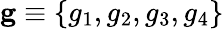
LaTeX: \mathbf{g}\equiv\{ g_{1},g_{2},g_{3},g_{4}\}